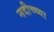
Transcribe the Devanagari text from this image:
नदीच्च्या